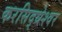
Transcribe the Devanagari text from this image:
करसिद्धेश्वर